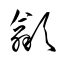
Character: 歙